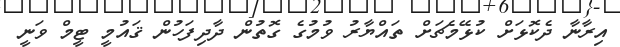
އިރާނާ ދެކޮޅަށް ކުޅޭމެޗަށް ތައްޔާރު ވުމުގެ ގޮތުން ދާދިފަހުން ޤައުމީ ޓީމް ވަނީ